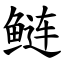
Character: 鲢